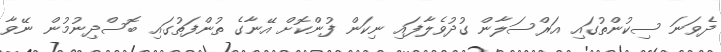
ދެވަނަ ސިކުންތުގައި އަރްސަލާން ގުދުވެލާފައި ނިކަން ފުންކޮށް އޭނާގެ ތުންފަތުގައި ބޮސްދިނުމުން ނޭވާ